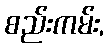
စည်းကမ်း,